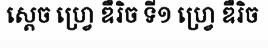
ស្តេច ហ្វ្រេ ឌឺរិច ទី១ ហ្វ្រេ ឌឺរិច